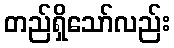
တည်ရှိသော်လည်း